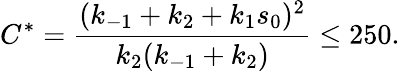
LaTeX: C^{*}=\frac{(k_{-1}+k_{2}+k_{1}s_{0})^{2}}{k_{2}(k_{-1}+k_{2})}\leq 250.